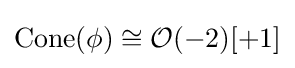
\operatorname {Cone} (\phi )\cong {\mathcal {O}}(-2)[+1]